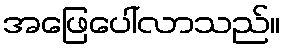
အဖြေပေါ်လာသည်။